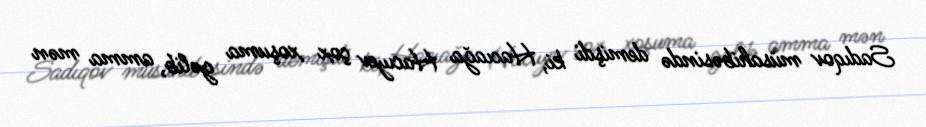
Sadıqov müsahibəsində demişdi ki, Hacıağa Hacıyev çox xoşuma gəlib, amma mən